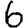
Digit: 6